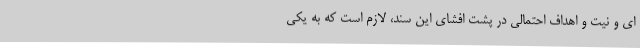
ای و نیت و اهداف احتمالی در پشت افشای این سند، لازم است که به یکی